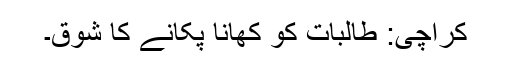
کراچی: طالبات کو کھانا پکانے کا شوق۔